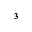
_ 3